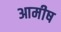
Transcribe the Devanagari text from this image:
आमीष